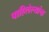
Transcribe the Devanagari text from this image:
पाहिलेल्यांचा